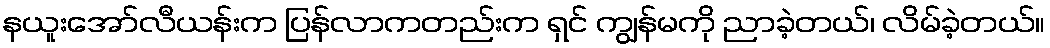
နယူးအော်လီယန်းက ပြန်လာကတည်းက ရှင် ကျွန်မကို ညာခဲ့တယ်၊ လိမ်ခဲ့တယ်။